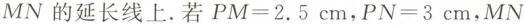
MN的延长线上. 若$$PM=2.5cm$$，$$PN=3cm$$，MN